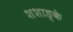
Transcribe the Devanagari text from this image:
शशाङ्के